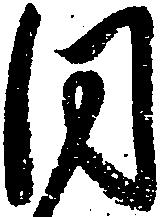
同